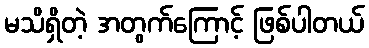
မသိရှိတဲ့ အတွက်ကြောင့် ဖြစ်ပါတယ်